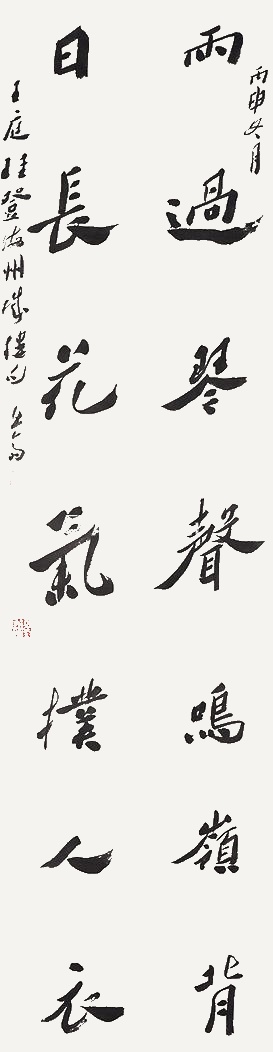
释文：雨过琴声鸣岭背，日长花气扑人衣。丙申冬月。王庭珪登海州城楼句。息斋。